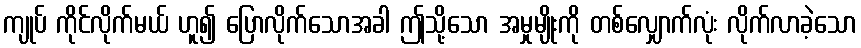
ကျုပ် ကိုင်လိုက်မယ် ဟူ၍ ပြောလိုက်သောအခါ ဤသို့သော အမှုမျိုးကို တစ်လျှောက်လုံး လိုက်လာခဲ့သော